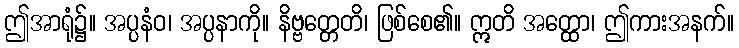
ဤအာရုံ၌။ အပ္ပနံဝ၊ အပ္ပနာကို။ နိဗ္ဗတ္တေတိ၊ ဖြစ်စေ၏။ ဣတိ အတ္ထော၊ ဤကားအနက်။